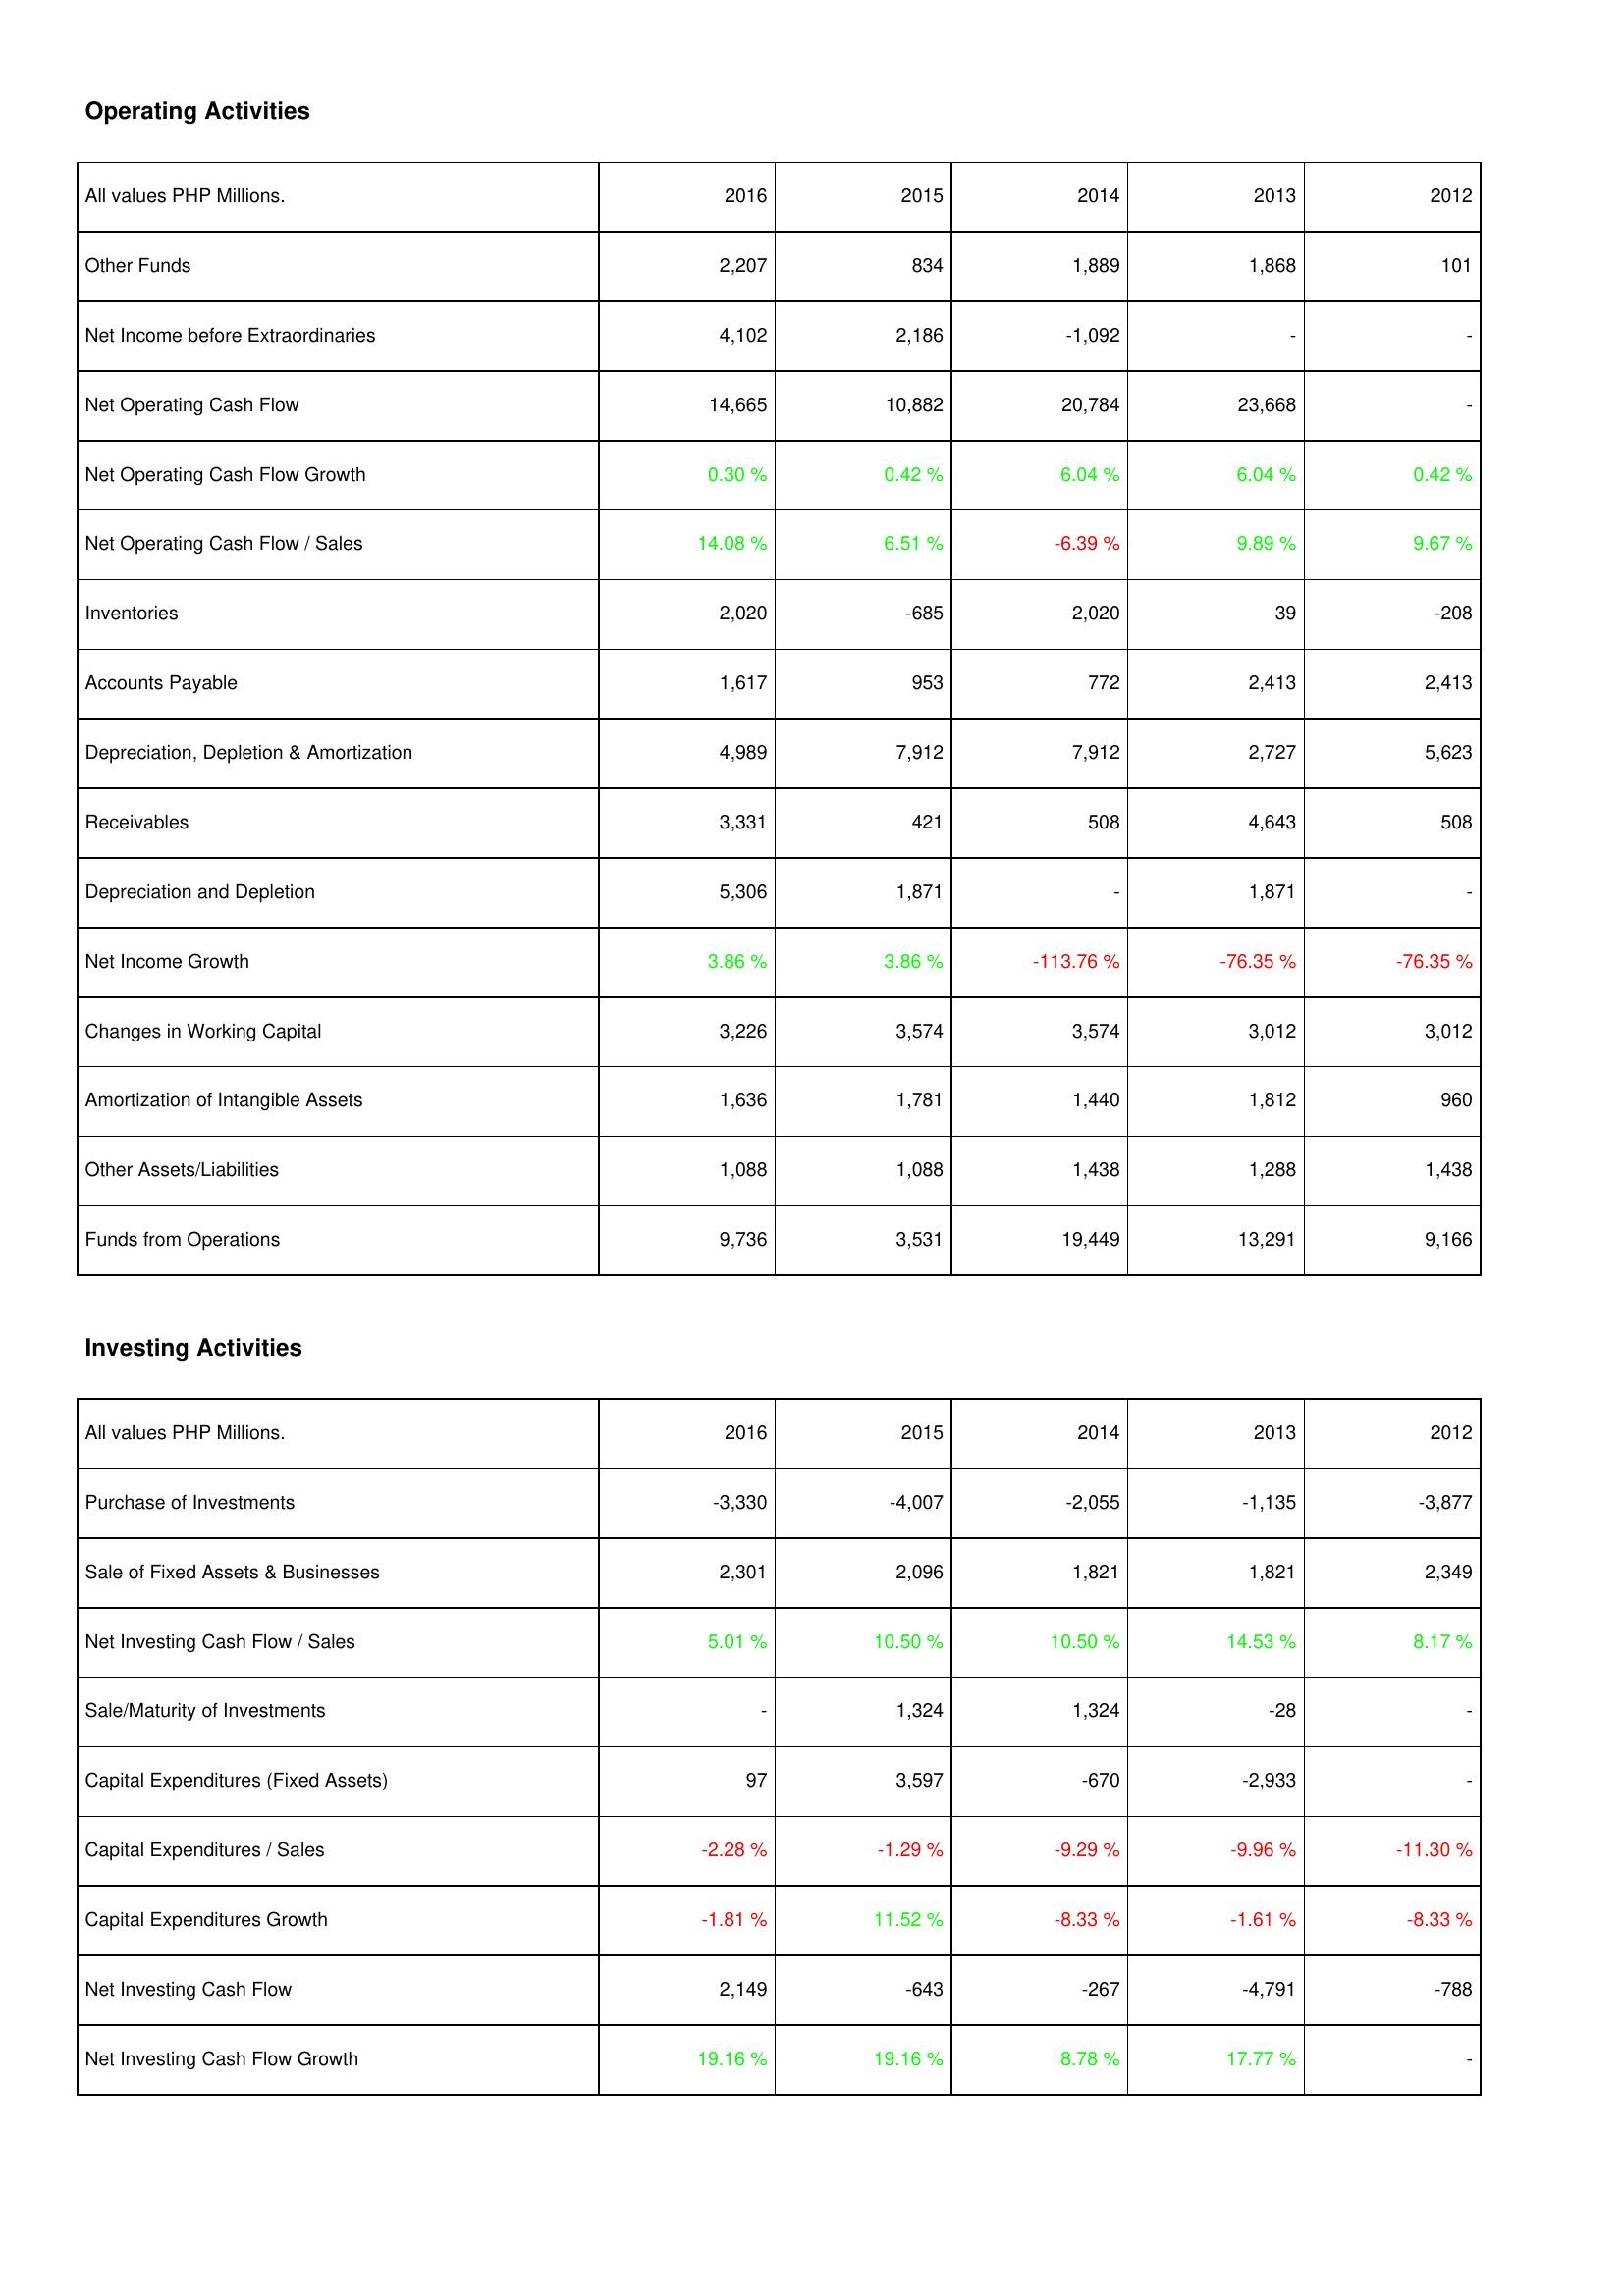
2016: Operating Activities: Other Funds: 2,207
Net Income before Extraordinaries: 4,102
Net Operating Cash Flow: 14,665
Net Operating Cash Flow Growth: 0.30 %
Net Operating Cash Flow / Sales: 14.08 %
Inventories: 2,020
Accounts Payable: 1,617
Depreciation, Depletion & Amortization: 4,989
Receivables: 3,331
Depreciation and Depletion: 5,306
Net Income Growth: 3.86 %
Changes in Working Capital: 3,226
Amortization of Intangible Assets: 1,636
Other Assets/Liabilities: 1,088
Funds from Operations: 9,736
Investing Activities: Purchase of Investments: -3,330
Sale of Fixed Assets & Businesses: 2,301
Net Investing Cash Flow / Sales: 5.01 %
Sale/Maturity of Investments: -
Capital Expenditures (Fixed Assets): 97
Capital Expenditures / Sales: -2.28 %
Capital Expenditures Growth: -1.81 %
Net Investing Cash Flow: 2,149
Net Investing Cash Flow Growth: 19.16 %
2015: Operating Activities: Other Funds: 834
Net Income before Extraordinaries: 2,186
Net Operating Cash Flow: 10,882
Net Operating Cash Flow Growth: 0.42 %
Net Operating Cash Flow / Sales: 6.51 %
Inventories: -685
Accounts Payable: 953
Depreciation, Depletion & Amortization: 7,912
Receivables: 421
Depreciation and Depletion: 1,871
Net Income Growth: 3.86 %
Changes in Working Capital: 3,574
Amortization of Intangible Assets: 1,781
Other Assets/Liabilities: 1,088
Funds from Operations: 3,531
Investing Activities: Purchase of Investments: -4,007
Sale of Fixed Assets & Businesses: 2,096
Net Investing Cash Flow / Sales: 10.50 %
Sale/Maturity of Investments: 1,324
Capital Expenditures (Fixed Assets): 3,597
Capital Expenditures / Sales: -1.29 %
Capital Expenditures Growth: 11.52 %
Net Investing Cash Flow: -643
Net Investing Cash Flow Growth: 19.16 %
2014: Operating Activities: Other Funds: 1,889
Net Income before Extraordinaries: -1,092
Net Operating Cash Flow: 20,784
Net Operating Cash Flow Growth: 6.04 %
Net Operating Cash Flow / Sales: -6.39 %
Inventories: 2,020
Accounts Payable: 772
Depreciation, Depletion & Amortization: 7,912
Receivables: 508
Depreciation and Depletion: -
Net Income Growth: -113.76 %
Changes in Working Capital: 3,574
Amortization of Intangible Assets: 1,440
Other Assets/Liabilities: 1,438
Funds from Operations: 19,449
Investing Activities: Purchase of Investments: -2,055
Sale of Fixed Assets & Businesses: 1,821
Net Investing Cash Flow / Sales: 10.50 %
Sale/Maturity of Investments: 1,324
Capital Expenditures (Fixed Assets): -670
Capital Expenditures / Sales: -9.29 %
Capital Expenditures Growth: -8.33 %
Net Investing Cash Flow: -267
Net Investing Cash Flow Growth: 8.78 %
2013: Operating Activities: Other Funds: 1,868
Net Income before Extraordinaries: -
Net Operating Cash Flow: 23,668
Net Operating Cash Flow Growth: 6.04 %
Net Operating Cash Flow / Sales: 9.89 %
Inventories: 39
Accounts Payable: 2,413
Depreciation, Depletion & Amortization: 2,727
Receivables: 4,643
Depreciation and Depletion: 1,871
Net Income Growth: -76.35 %
Changes in Working Capital: 3,012
Amortization of Intangible Assets: 1,812
Other Assets/Liabilities: 1,288
Funds from Operations: 13,291
Investing Activities: Purchase of Investments: -1,135
Sale of Fixed Assets & Businesses: 1,821
Net Investing Cash Flow / Sales: 14.53 %
Sale/Maturity of Investments: -28
Capital Expenditures (Fixed Assets): -2,933
Capital Expenditures / Sales: -9.96 %
Capital Expenditures Growth: -1.61 %
Net Investing Cash Flow: -4,791
Net Investing Cash Flow Growth: 17.77 %
2012: Operating Activities: Other Funds: 101
Net Income before Extraordinaries: -
Net Operating Cash Flow: -
Net Operating Cash Flow Growth: 0.42 %
Net Operating Cash Flow / Sales: 9.67 %
Inventories: -208
Accounts Payable: 2,413
Depreciation, Depletion & Amortization: 5,623
Receivables: 508
Depreciation and Depletion: -
Net Income Growth: -76.35 %
Changes in Working Capital: 3,012
Amortization of Intangible Assets: 960
Other Assets/Liabilities: 1,438
Funds from Operations: 9,166
Investing Activities: Purchase of Investments: -3,877
Sale of Fixed Assets & Businesses: 2,349
Net Investing Cash Flow / Sales: 8.17 %
Sale/Maturity of Investments: -
Capital Expenditures (Fixed Assets): -
Capital Expenditures / Sales: -11.30 %
Capital Expenditures Growth: -8.33 %
Net Investing Cash Flow: -788
Net Investing Cash Flow Growth: -